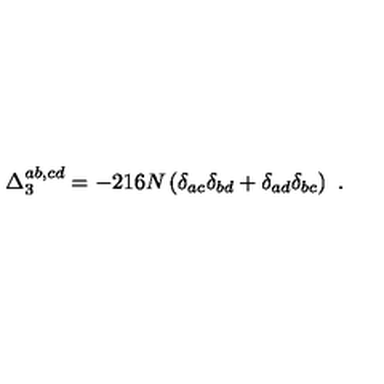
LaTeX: \Delta _ { 3 } ^ { a b , c d } = - 2 1 6 N \left( \delta _ { a c } \delta _ { b d } + \delta _ { a d } \delta _ { b c } \right) \ .